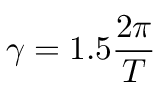
\gamma = 1 . 5 \frac { 2 \pi } { T }